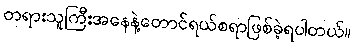
တရားသူကြီးအနေနဲ့တောင်ရယ်စရာဖြစ်ခဲ့ရပါတယ်။